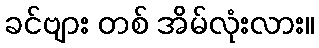
ခင်ဗျား တစ် အိမ်လုံးလား။